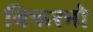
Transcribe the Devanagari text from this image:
विफरनो